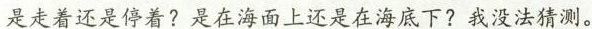
是走着还是停着?是在海面上还是在海底下?我没法猜测。